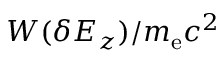
W ( \delta E _ { z } ) / m _ { \mathrm { e } } c ^ { 2 }